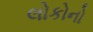
લોકોનો